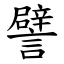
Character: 譬